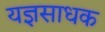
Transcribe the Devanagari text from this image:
यज्ञसाधक